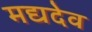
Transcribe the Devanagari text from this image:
मद्यदेव